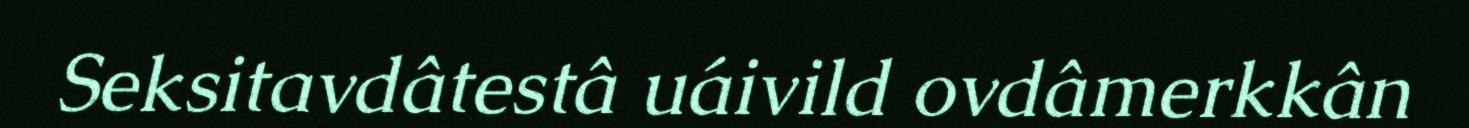
Seksitavdâtestâ uáivild ovdâmerkkân